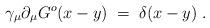
LaTeX: \begin{align*}\gamma_\mu \partial_\mu G^o(x-y) \; = \; \delta(x-y) \; .\end{align*}